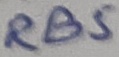
Text: RB5